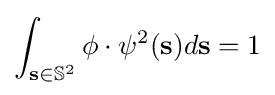
\int _{{\bf {s}}\in {\mathbb {S} }^{2}}\phi \cdot \psi ^{2}({\bf {s}})d{\bf {s}}=1